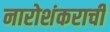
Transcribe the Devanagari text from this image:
नारोशंकराची